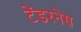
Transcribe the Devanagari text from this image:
टेंडरनेस